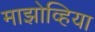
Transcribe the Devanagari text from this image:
माझोव्हिया